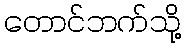
တောင်ဘက်သို့